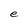
Character: e